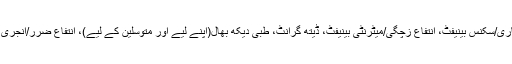
آرڈیننس کا پانچواں باب مختلف قسم کے فوائد کا ذکر کرتا ہے جنمیں انتفاع بیماری/سکنس بینیفٹ، انتفاع زچگی/میٹرنٹی بینیفٹ، ڈیتھ گرانٹ، طبی دیکھ بھال(اپنے لیے اور متوسلین کے لیے)، انتفاع ضرر/انجری بینیفٹ، معذوری پنشن، معذوری گریجویٹی، اور پسماندگان کی پنشن شامل ہیں۔